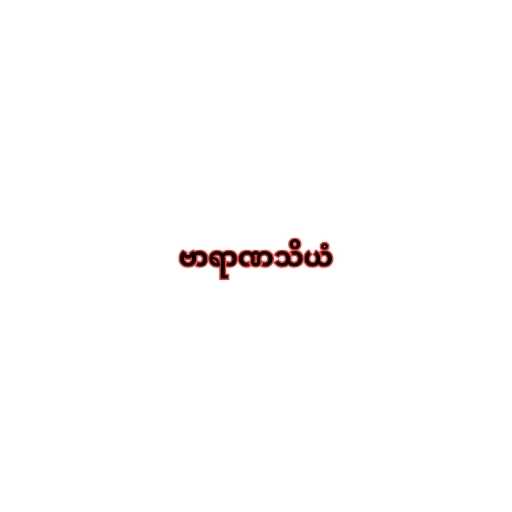
ဗာရာဏသိယံ